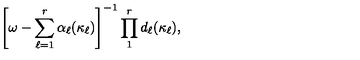
\left[ \omega - \sum _ { \ell = 1 } ^ { r } \alpha _ { \ell } ( \kappa _ { \ell } ) \right] ^ { - 1 } \prod _ { 1 } ^ { r } d _ { \ell } ( \kappa _ { \ell } ) ,